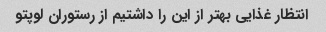
انتظار غذایی بهتر از این را داشتیم از رستوران لوپتو